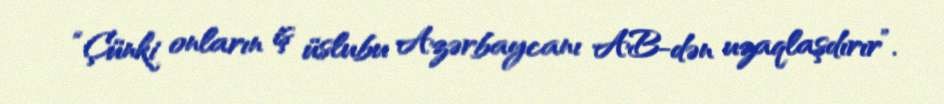
“Çünki onların iş üslubu Azərbaycanı AB-dən uzaqlaşdırır”.